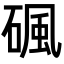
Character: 碸